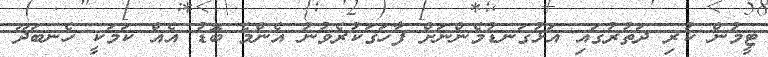
ޓީމުން ކުރި ދަތުރުގައި އަޅުގަނޑުމެންނަށް ފާހަގަކުރެވުނު އެންމެ ބޮޑު އެއް ކަމަކީ ހެނބަދޫ